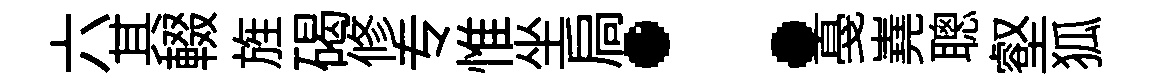
六其輟旌碣修专惟坐扃：戞嶤聰壑狐